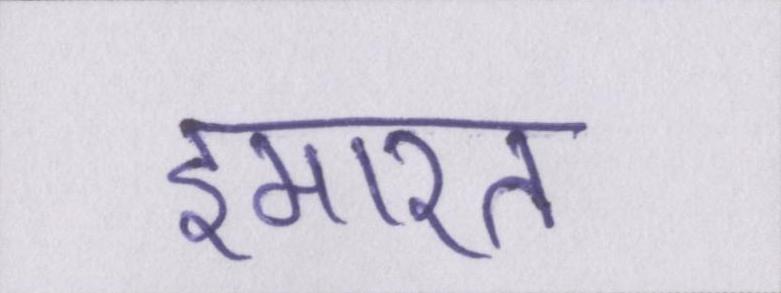
इमारत